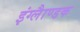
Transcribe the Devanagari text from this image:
इंग्लैाण्डक